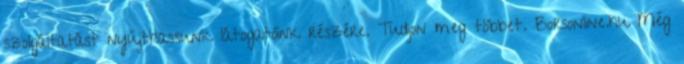
szolgáltatást nyújthassunk látogatóink részére. Tudjon meg többet. Borsonline.hu Még